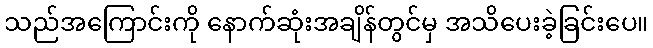
သည်အကြောင်းကို နောက်ဆုံးအချိန်တွင်မှ အသိပေးခဲ့ခြင်းပေ။